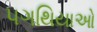
પગથિયાઓ